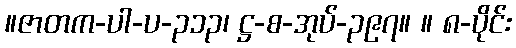
။ဇာတက-ပါ-ပ-၃၁၃၊ ဋ္ဌ-စ-အုပ်-၃၉၇။ ။ ၈-ပိုင်း